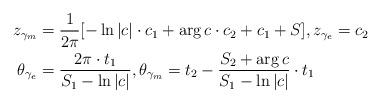
LaTeX: \begin{align*}z_{\gamma_m} &= \frac{1}{2\pi} [-\ln|c| \cdot c_1 + \arg c \cdot c_2 + c_1 + S], z_{\gamma_e} = c_2\\ \theta_{\gamma_e} &= \frac{2\pi \cdot t_1}{S_1 - \ln|c|},\theta_{\gamma_m} = t_2 -\frac{S_2+ \arg c}{S_1 - \ln |c|} \cdot t_1\end{align*}